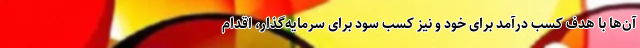
آن‌ها با هدف کسب درآمد برای خود و نیز کسب سود برای سرمایه‌گذار، اقدام